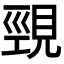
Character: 𮗒